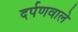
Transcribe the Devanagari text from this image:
दर्पणवाले